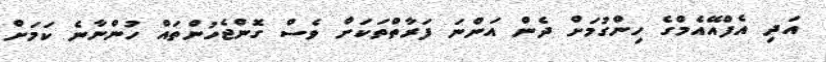
އަދި އެފްއޭއެމްގެ ހިންގުމަށް ދެން އަންނަ ފަރާތްތަކަށް ވެސް ގޮންޖެހުންތައް ހުންނާނެ ކަމަށް